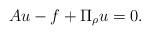
LaTeX: \begin{align*} A u - f + \Pi_{\rho} u &= 0.\end{align*}